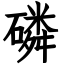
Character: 磷